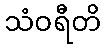
သံဝရီတိ